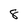
Character: 8